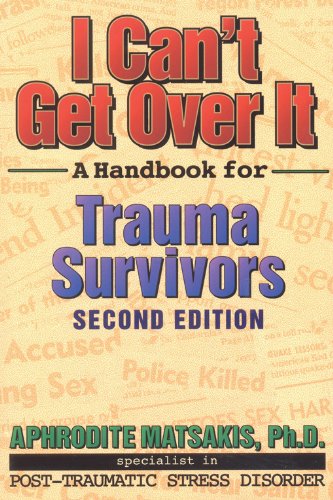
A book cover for I Can't Get Over It: A Handbook for Trauma Survivors; Aphrodite T. Matsakis PhD; Health, Fitness & Dieting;